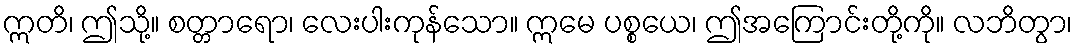
ဣတိ၊ ဤသို့။ စတ္တာရော၊ လေးပါးကုန်သော။ ဣမေ ပစ္စယေ၊ ဤအကြောင်းတို့ကို။ လဘိတွာ၊